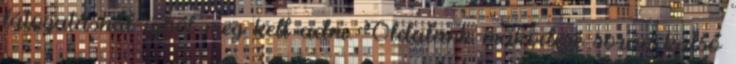
látogatásnál újból meg kell adni. Oldalunk működése során külső